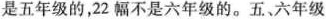
是五年级的，22幅不是六年级的。五、六年级